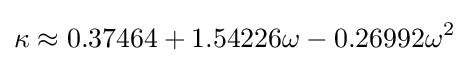
\kappa \approx 0.37464+1.54226\omega -0.26992\omega ^{2}